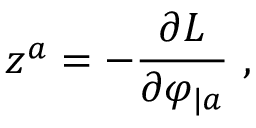
z ^ { a } = - { \frac { \partial { \cal L } } { \partial \varphi _ { | a } } } \ ,